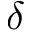
\boldsymbol { \delta }